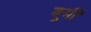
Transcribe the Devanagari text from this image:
बूमी